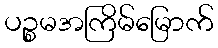
ပဉ္စမအကြိမ်မြောက်